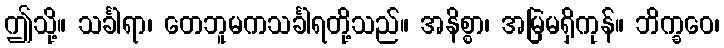
ဤသို့။ သင်္ခါရာ၊ တေဘူမကသင်္ခါရတို့သည်။ အနိစ္စာ၊ အမြဲမရှိကုန်။ ဘိက္ခဝေ၊